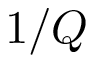
1 / Q